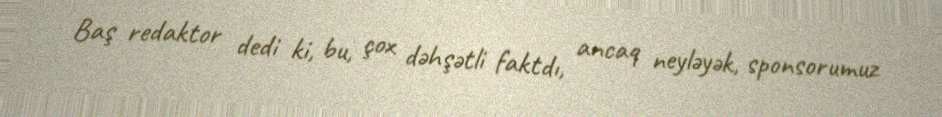
Baş redaktor dedi ki, bu, çox dəhşətli faktdı, ancaq neyləyək, sponsorumuz